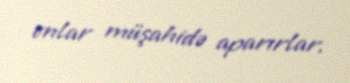
onlar müşahidə aparırlar.